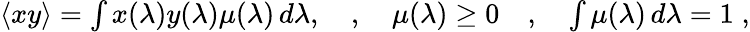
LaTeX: \begin{array}{r}{\langle xy\rangle=\int x(\lambda)y(\lambda)\mu(\lambda)\, d\lambda,\quad,\quad\mu(\lambda)\ge 0\quad,\quad\int\mu(\lambda)\, d\lambda=1\; ,}\end{array}